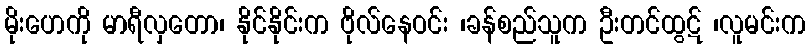
မိုးဟေကို မာရီလှတော၊ နိုင်နိုင်းက ဗိုလ်နေဝင်း ၊ခန်စည်သူက ဦးတင်ထွဋ် ၊လူမင်းက